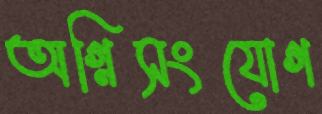
অগ্নিসংযোগ